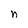
Character: n